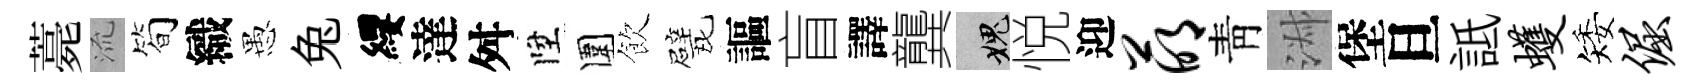
薧𣴑简織愚兔纓達舛陞圍飲戏謳盲譯龔愧悦迎萌靑淑堡旦詆蠖矮倔